Madras plague regulations in force outside the Presidency town - Volume 1
Disease focus: Plague
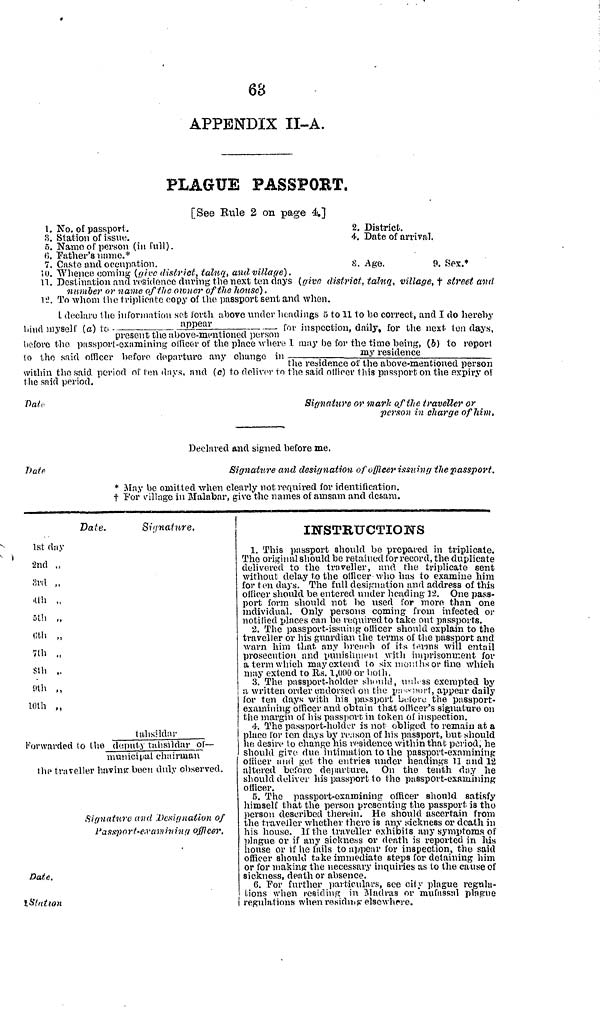
63
APPENDIX II-A.
PLAGUE PASSPORT.
[See Rule 2 on page 4.]
1. No. of passport.
3. Station of issue.
5. Ñamo of person (in full).
(6. "Father's name.*
7. Caste and occupation.
2. District.
4. Date of arrival.
8. Age.
9. Sex.*
10. Whence coming (give ditsirtct, taluq, and village).
11.
"
''
"
the next ten days (give, district, taluq, village, t street and
of the house).
12. To whom t he triplicate copy of the passport sent and when.
L declaro the information set lorth above under headings 5 to 11 to be correct, and I do hereby
land myself (a) to ------------ appear .
— for inspection, daily, for the next ten days,
present the above-mentioned person
before the passport-examining officer of the place where 1 may he for the time being, (b) to report
to the said officer before departure any change in _-
_
my residence
the residence of the above-mentioned person
within the said period of t e n days, and (c) 1o deliver 10 the said officer this passport on
Datt
Signature or mark of the traveller or
per non in charge of him,
Declared and signed before me.
Date
Signature and designation of officer issuing the passport.
* May be omitted when clearly not required for identification.
t Por village in Malabar, give the names of amsam and desam.
Date.
Signature.
1st day
2nd „
3rd ,,
4th ,,
5th „
6th „
7th „
8th ,.
'9th ,,
10th ,,
tahsldar
Forwarded to the deputy tahsildar of—
municipal chairman
the traveller having been duly observed.
Signature und Designation of
Passport.examining officer.
Date.
Station
INSTRUCTIOUTS
1. This passport should be prepared in triplicate.
The original should be retained tor record, the duplicate
delivered to the traveller, and the triplicate sent
without delay to the officer who has to examine him
for ten days. The full designation and address of this
officer should be entered under heading 12. One pass-
port form should not be vised for more than one
individual. Only persons coming from infected or
notified places can bo required to take out passports.
2. The passport-issuing officer should explain to the
traveller or his guardian the terms of the passport and
warn him that any breach of its terms will entail
prosecution and punishment with imprisonment for
a term which may extend to six months or fine which
may extend to Es. 1,000 or both.
3. The passport-holder should, unless exempted by
a written order endorsed on the pasport, appear daily
for ten days with his passport Loloio the passport-
examining officer and obtain that officer's signature on
the margin of his passport in token of inspection.
4. The passport-holder is not obliged to remain at a
place lor ton days by reason of his passport, but should
he desire to change his residence within that period, he
should give due intimation to the passport-examining:
officer and get the entries under headings 11 and 12
altered before departure. On the tenth day he
should deliver his passport to the passport-examining
officer.
5. The passport-examining officer should satisfy
himself that the person presenting the passport, is the
person described therein. He should ascertain from
the traveller -whether there is any sickness or death in
his house, lithe traveller exhibits any symptoms of
plague or if any sickness or death is reported in lus
house or if he fails to appear for inspection, the said
officer should take immediate steps for detaining him
or for making the necessary inquiries as to the cause of
sickness, death or absence.
6. "Por further particulars, see city plague regula-
tions when residing in Madras or mufassal plague
i regulations when résidunig elsewhere.